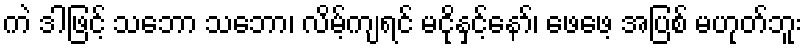
ကဲ ဒါဖြင့် သဘော သဘော၊ လိမ့်ကျရင် မငိုနှင့်နော်၊ ဖေဖေ့ အပြစ် မဟုတ်ဘူး